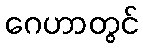
ဂေဟာတွင်